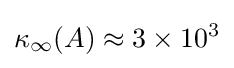
\kappa _{\infty }(A)\approx 3\times 10^{3}